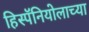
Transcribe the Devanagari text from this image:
हिस्पॅनियोलाच्या